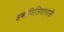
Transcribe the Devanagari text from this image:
इकोफिजियालाजी